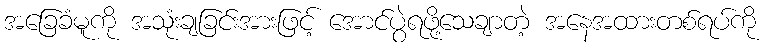
အခြေခံမူကို အသုံးချခြင်းအားဖြင့် အောင်ပွဲရဖို့သေချာတဲ့ အနေအထားတစ်ရပ်ကို